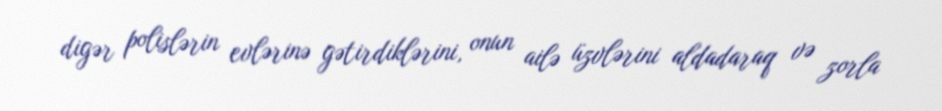
digər polislərin evlərinə gətirdiklərini, onun ailə üzvlərini aldadaraq və zorla